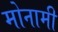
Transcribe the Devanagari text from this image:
मोनामी